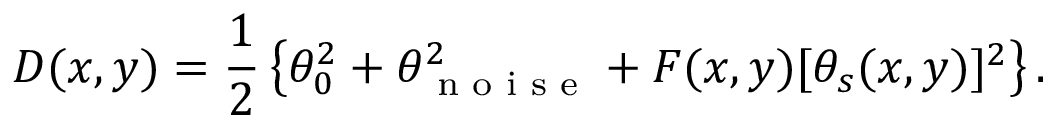
D ( x , y ) = \frac { 1 } { 2 } \left\{ \theta _ { 0 } ^ { 2 } + \theta _ { \textrm { n o i s e } } ^ { 2 } + F ( x , y ) [ \theta _ { s } ( x , y ) ] ^ { 2 } \right\} .